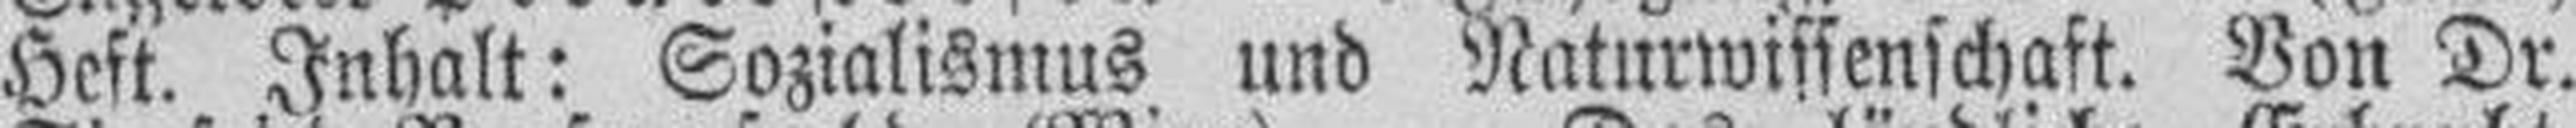
Heft. Inhalt: Sozialismus und Naturwissenschaft. Von Dr.